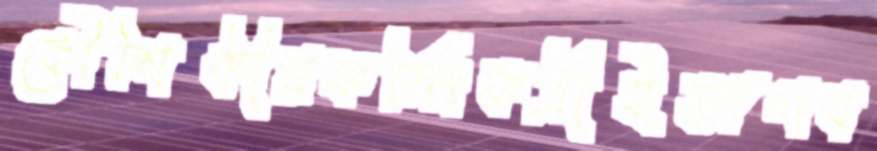
কৌশিকীরফর্মিংকর্ত্রীইভাগব